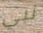
نبي